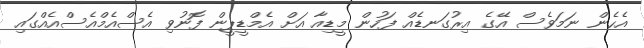
އެހެން ނަމަވެސް އޭގެ އިރުގަނޑެއް ފަހުން މީޑިއާ އަށް އެމްޑީޕީން ފޮނުވި އެސްއެމްއެސްއެއްގައި